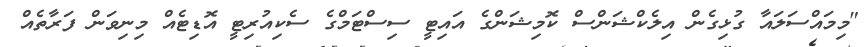
"މިމައްސަލައާ ގުޅިގެން އިލެކްޝަންސް ކޮމިޝަންގެ އައިޓީ ސިސްޓަމްގެ ސެކިއުރިޓީ އޮޑިޓެއް މިނިވަން ފަރާތެއް